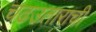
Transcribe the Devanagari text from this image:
चढउताराची